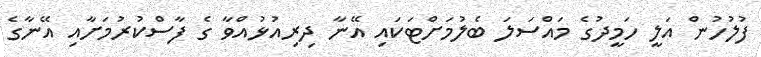
ފުލުހުން އަލީ ހަމީދުގެ މައްސަލަ ބެލުމަށްޓަކައި އޭނާ ދިރިއުޅުއްވާ ގެ ފާސްކުރުމަށާއި އޭނާގެ